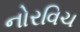
નોરવિચ